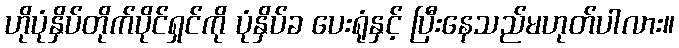
ဟိုပုံနှိပ်တိုက်ပိုင်ရှင်ကို ပုံနှိပ်ခ ပေးရုံနှင့် ပြီးနေသည်မဟုတ်ပါလား။